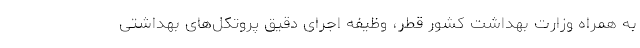
به همراه وزارت بهداشت کشور قطر، وظیفه اجرای دقیق پروتکل‌های بهداشتی